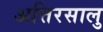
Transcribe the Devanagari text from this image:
अत्तिरसालु